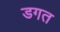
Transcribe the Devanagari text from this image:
डगत